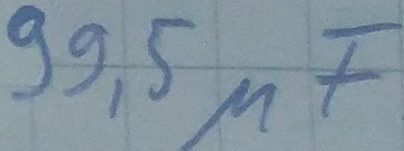
Text: 99,5µF